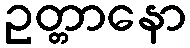
ဥတ္တာနော